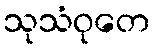
သုသံဝုတေ